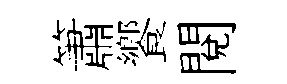
簫饗閲